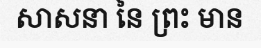
សាសនា នៃ ព្រះ មាន